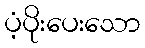
ပံ့ပိုးပေးသော